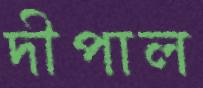
দীপাল